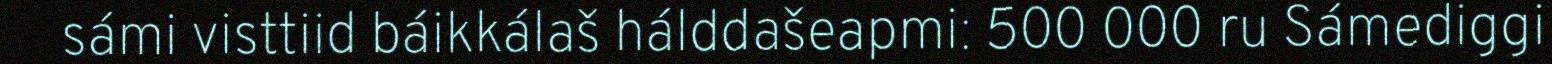
sámi visttiid báikkálaš hálddašeapmi: 500 000 ru Sámediggi